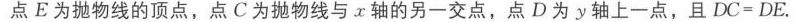
（2）由对称性质可知，直线 \(BC\) 与对称轴 \(x = - 1\) 的交点即为所求的 \(M\) 点，则此时 \(MA + MC\) 的值最小.
把 \(x = - 1\) 代入直线 \(y = x + 3\) 得，\(y = 2\)，\(\therefore M(-1,2)\)，
即当点 \(M\) 到点 \(A\) 的距离与到点 \(C\) 的距离之和最小时 \(M\) 的坐标为 \((-1,2)\)；
（3）设 \(P(-1,t)\)，又\(\because B(-3,0)\)，\(C(0,3)\)，
\(\therefore BC^{2}=18\)，\(PB^{2}=(-1 + 3)^{2}+t^{2}=4 + t^{2}\)，
\(PC^{2}=(-1)^{2}+(t - 3)^{2}=t^{2}-6t + 10\)，
\textcircled{1}若点 \(B\) 为直角顶点，则 \(BC^{2}+PB^{2}=PC^{2}\)
即：\(18 + 4 + t^{2}=t^{2}-6t + 10\)，解之得：\(t=-2\)；
\textcircled{2}若点 \(C\) 为直角顶点，则 \(BC^{2}+PC^{2}=PB^{2}\)
即：\(18 + t^{2}-6t + 10=4 + t^{2}\)，解之得：\(t = 4\)，
\textcircled{3}若点 \(P\) 为直角顶点，则 \(PB^{2}+PC^{2}=BC^{2}\)，即：
\((4 + t^{2})+(t^{2}-6t + 10)=18\)，
整理得 \(2t^{2}-6t - 4 = 0\)，即 \(t^{2}-3t - 2 = 0\)，
根据求根公式 \(t=\frac{3\pm\sqrt{(-3)^{2}-4\times1\times(-2)}}{2\times1}=\frac{3\pm\sqrt{17}}{2}\)。